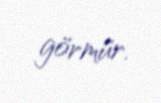
görmür.